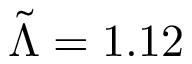
\tilde { \Lambda } = 1 . 1 2